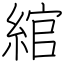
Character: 綰